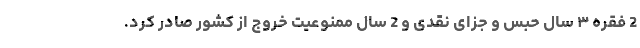
2 فقره ۳ سال حبس و جزای نقدی و 2 سال ممنوعیت خروج از کشور صادر کرد.